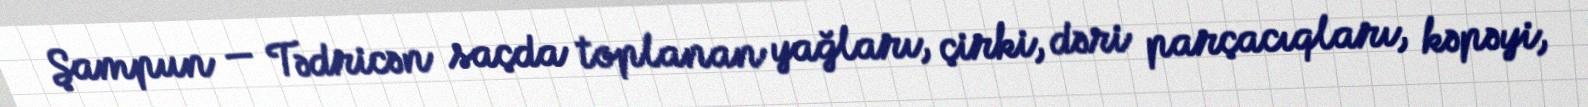
Şampun — Tədricən saçda toplanan yağları, çirki, dəri parçacıqları, kəpəyi,